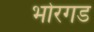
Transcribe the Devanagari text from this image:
भोरगड